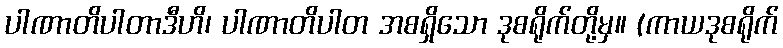
ပါဏာတိပါတာဒီဟိ၊ ပါဏာတိပါတ အစရှိသော ဒုစရိုက်တို့မှ။ (ကာယဒုစရိုက်